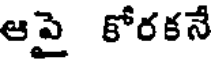
ఆపై కోరకనే